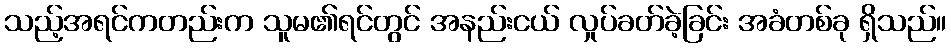
သည့်အရင်ကတည်းက သူမ၏ရင်တွင် အနည်းငယ် လှုပ်ခတ်ခဲ့ခြင်း အခံတစ်ခု ရှိသည်။